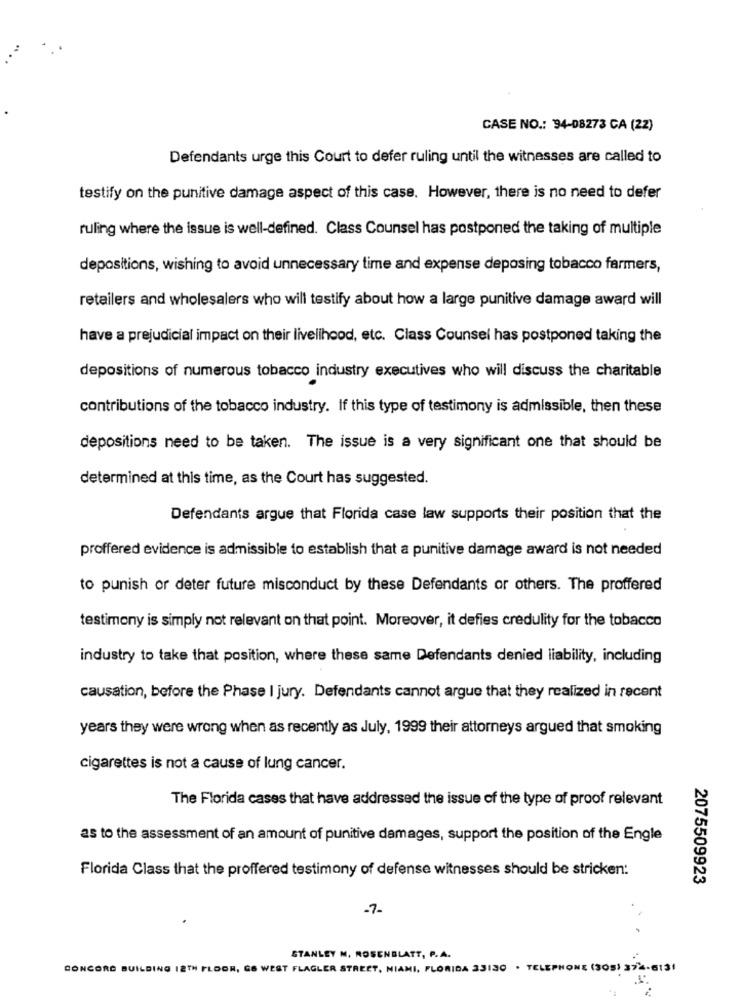
CASE NO .: 94-08273 CA (22)
Defendants urge this Court to defer ruling until the witnesses are called to
testify on the punitive damage aspect of this case. However, there is no need to defer
ruling where the issue is well-defined. Class Counsel has postponed the taking of multiple
depositions, wishing to avoid unnecessary time and expense deposing tobacco farmers,
retailers and wholesalers who will testify about how a large punitive damage award will
have a prejudicial impact on their livelihood, etc. Class Counsel has postponed taking the
depositions of numerous tobacco industry executives who will discuss the charitable
contributions of the tobacco industry. If this type of testimony is admissible, then these
depositions need to be taken. The issue is a very significant one that should be
determined at this time, as the Court has suggested.
Defendants argue that Florida case law supports their position that the
proffered evidence is admissible to establish that a punitive damage award is not needed
to punish or deter future misconduct by these Defendants or others. The proffered
testimony is simply not relevant on that point. Moreover, it defies credulity for the tobacco
industry to take that position, where these same Defendants denied liability, including
causation, before the Phase I jury. Defendants cannot argue that they realized in recent
years they were wrong when as recently as July, 1999 their attorneys argued that smoking
cigarettes is not a cause of lung cancer.
The Florida cases that have addressed the issue of the type of proof relevant
as to the assessment of an amount of punitive damages, support the position of the Engle
Florida Class that the proffered testimony of defense witnesses should be stricken:
2075509923
-7-
STANLEY M. ROSENBLATT, P.A.
CONCORD BUILDING 12TH FLOOR, GO WEST FLAGLER STREET, MIAMI, FLORIDA 33130 . TELEPHONE (305) 374-6131